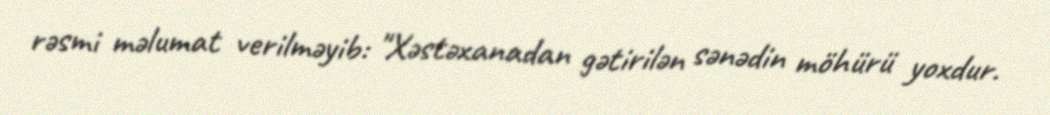
rəsmi məlumat verilməyib: "Xəstəxanadan gətirilən sənədin möhürü yoxdur.